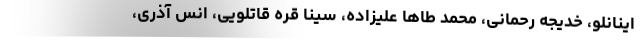
اینانلو، خدیجه رحمانی، محمد طاها علیزاده، سینا قره قاتلویی، انس آذری،